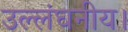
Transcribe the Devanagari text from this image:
उल्लंघनीय।